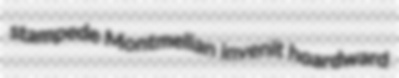
stampede Montmelian invenit hoardward